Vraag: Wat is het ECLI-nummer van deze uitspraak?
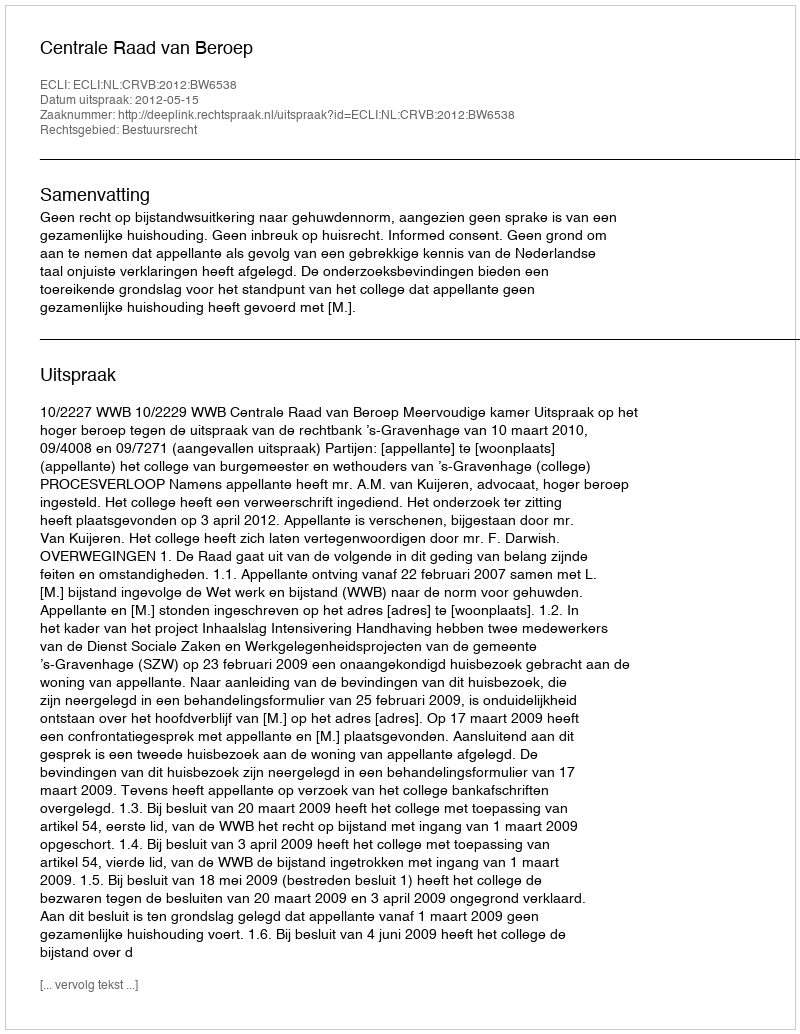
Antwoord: ECLI:NL:CRVB:2012:BW6538